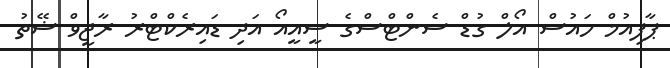
ޕާފިއުމް ހައުސް އޯލް ގުޑް ސެންޓްސްގެ ސީއީއޯ އަދި ޑައިރެކްޓްރު ރާޖީވް ޝޭތު